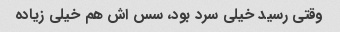
وقتی رسید خیلی سرد بود، سس اش هم خیلی زیاده